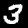
Digit: 3